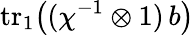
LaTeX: \mathrm{tr}{\vphantom|}_{1}\bigl((\chi^{-1}\otimes 1)\, b\bigr)